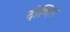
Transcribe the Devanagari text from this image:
दोषित